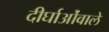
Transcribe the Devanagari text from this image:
दीर्घाओंवाले